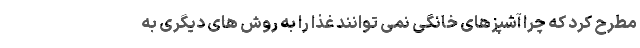
مطرح کرد که چرا آشپزهای خانگی نمی توانند غذا را به روش های دیگری به